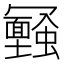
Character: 𠖪